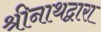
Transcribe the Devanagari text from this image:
श्रीनाथद्वारा